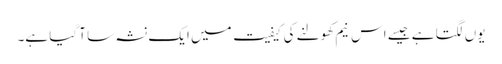
یوں لگتا ہے جیسے اس نیم کھولنے کی کیفیت میں ایک نشہ سا آ گیا ہے۔